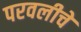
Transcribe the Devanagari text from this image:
परवलीचे